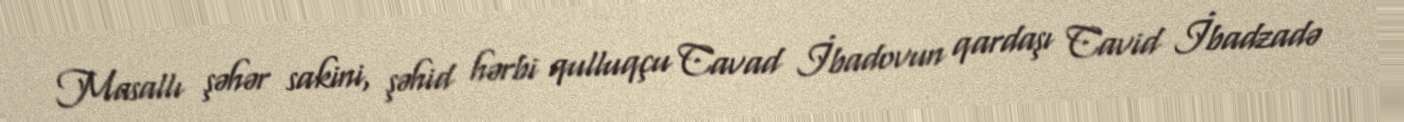
Masallı şəhər sakini, şəhid hərbi qulluqçu Cavad İbadovun qardaşı Cavid İbadzadə